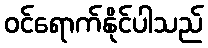
ဝင်ရောက်နိုင်ပါသည်